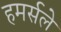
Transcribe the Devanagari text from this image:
हमर्सले